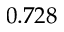
0 . 7 2 8